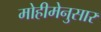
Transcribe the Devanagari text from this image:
मोहीमेनुसार